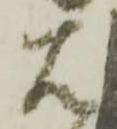
右